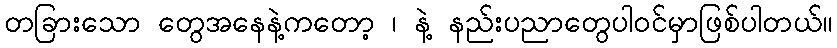
တခြားသော တွေအနေနဲ့ကတော့ ၊ နဲ့ နည်းပညာတွေပါဝင်မှာဖြစ်ပါတယ်။